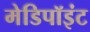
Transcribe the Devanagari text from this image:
मेडिपॉइंट